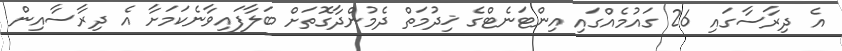
އެ ދިރާސާގައި 26 ގައުމެއްގައި އިންޓަނެޓްގެ ޚިދުމަތް ދެމުންދާގޮތަށް ބަލާފައިވާނެކަމަށާ އެ ދިރާސާއިން